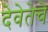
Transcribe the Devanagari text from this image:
देवेतेचे